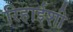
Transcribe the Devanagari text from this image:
रिहाईशी